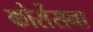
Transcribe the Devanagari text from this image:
कोर्सेसना